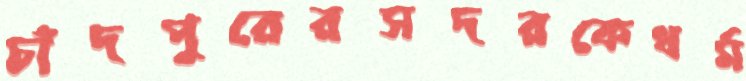
চাঁদপুরেরসদরকেধর্ম